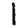
Digit: 1